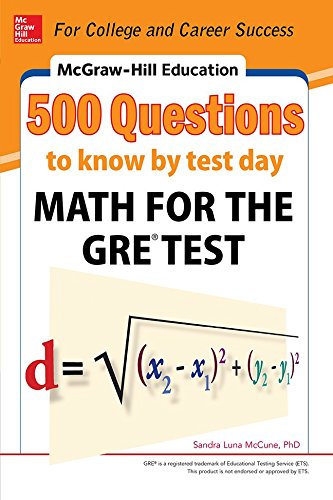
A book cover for McGraw-Hill Education 500 Questions to Know by Test Day: Math for the GREÂ® Test (Mcgraw Hill's 500 Questions to Know By Test Day); Sandra Luna McCune; Test Preparation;